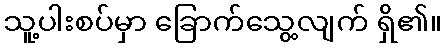
သူ့ပါးစပ်မှာ ခြောက်သွေ့လျက် ရှိ၏။